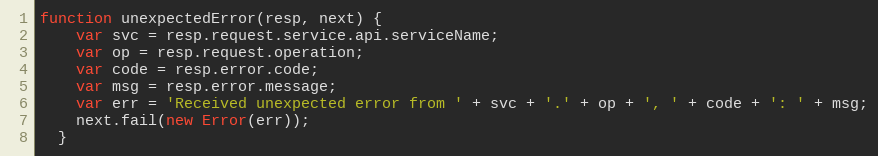
Language: JavaScript
function unexpectedError(resp, next) {
    var svc = resp.request.service.api.serviceName;
    var op = resp.request.operation;
    var code = resp.error.code;
    var msg = resp.error.message;
    var err = 'Received unexpected error from ' + svc + '.' + op + ', ' + code + ': ' + msg;
    next.fail(new Error(err));
  }